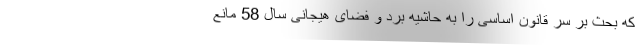
که بحث بر سر قانون اساسی را به حاشیه برد و فضای هیجانی سال 58 مانع